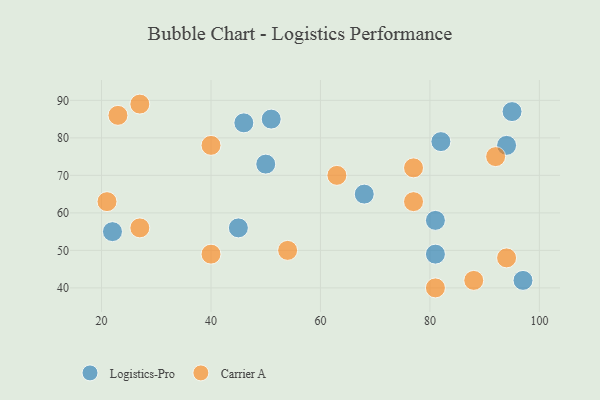
{"axis": {"x": "GDP", "y": "Life Expectancy"}, "legend": ["Carrier A", "Logistics-Pro"], "data": [{"x": "95", "y": 87, "type": "Logistics-Pro"}, {"x": "45", "y": 56, "type": "Logistics-Pro"}, {"x": "51", "y": 85, "type": "Logistics-Pro"}, {"x": "22", "y": 55, "type": "Logistics-Pro"}, {"x": "82", "y": 79, "type": "Logistics-Pro"}, {"x": "81", "y": 49, "type": "Logistics-Pro"}, {"x": "81", "y": 58, "type": "Logistics-Pro"}, {"x": "97", "y": 42, "type": "Logistics-Pro"}, {"x": "68", "y": 65, "type": "Logistics-Pro"}, {"x": "46", "y": 84, "type": "Logistics-Pro"}, {"x": "94", "y": 78, "type": "Logistics-Pro"}, {"x": "50", "y": 73, "type": "Logistics-Pro"}, {"x": "40", "y": 78, "type": "Carrier A"}, {"x": "94", "y": 48, "type": "Carrier A"}, {"x": "77", "y": 63, "type": "Carrier A"}, {"x": "23", "y": 86, "type": "Carrier A"}, {"x": "27", "y": 56, "type": "Carrier A"}, {"x": "88", "y": 42, "type": "Carrier A"}, {"x": "27", "y": 89, "type": "Carrier A"}, {"x": "92", "y": 75, "type": "Carrier A"}, {"x": "54", "y": 50, "type": "Carrier A"}, {"x": "81", "y": 40, "type": "Carrier A"}, {"x": "21", "y": 63, "type": "Carrier A"}, {"x": "40", "y": 49, "type": "Carrier A"}, {"x": "77", "y": 72, "type": "Carrier A"}, {"x": "63", "y": 70, "type": "Carrier A"}]}